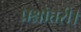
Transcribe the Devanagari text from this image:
प्रश्नोत्तरी।